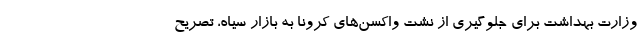
وزارت بهداشت برای جلوگیری از نشت واکسن‌های کرونا به بازار سیاه، تصریح